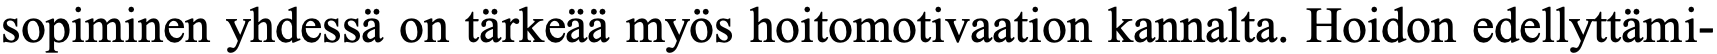
sopiminen yhdessä on tärkeää myös hoitomotivaation kannalta. Hoidon edellyttämi-